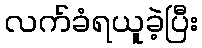
လက်ခံရယူခဲ့ပြီး